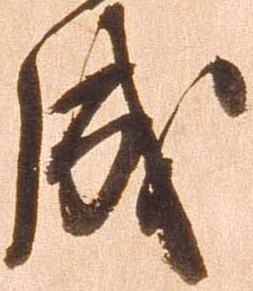
成